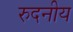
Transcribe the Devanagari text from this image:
रुदनीय